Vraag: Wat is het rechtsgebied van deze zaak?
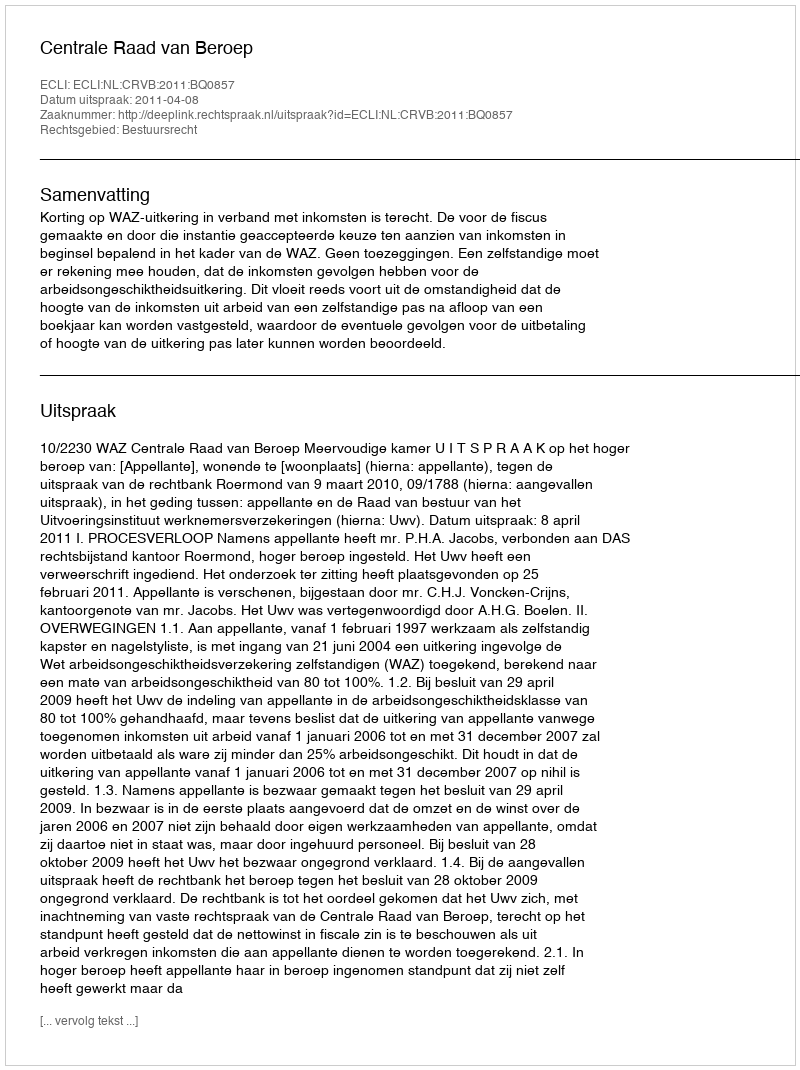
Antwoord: Bestuursrecht